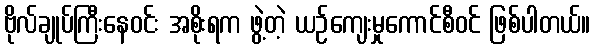
ဗိုလ်ချုပ်ကြီးနေဝင်း အစိုးရက ဖွဲ့တဲ့ ယဉ်ကျေးမှုကောင်စီဝင် ဖြစ်ပါတယ်။